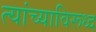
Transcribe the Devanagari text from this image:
त्यांच्याविरूध्द